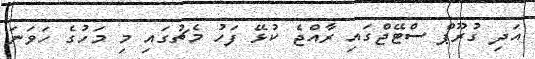
އަދި ގުރޫޕް ސްޓޭޖްގައި ރާއްޖެ ކުޅޭ ފަހު މެޗުގައި މި މަހުގެ ހަވަނަ